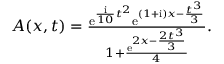
\begin{array} { r } { A ( x , t ) = \frac { \mathrm { e } ^ { \frac { \mathrm { { i } } } { 1 0 } t ^ { 2 } } \mathrm { e } ^ { ( 1 + \mathrm { { i } } ) x - \frac { t ^ { 3 } } { 3 } } } { 1 + \frac { \mathrm { e } ^ { 2 x - \frac { 2 t ^ { 3 } } { 3 } } } { 4 } } . } \end{array}